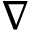
\nabla